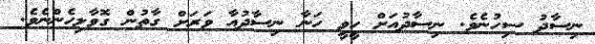
ނިސާދު ސިހުނެވެ. ނިސާދުއަށް ހީވީ ހަނާ ނިސާދުއާ ވަރަށް ގާތުން ގޮވާލިހެންނެވެ.